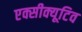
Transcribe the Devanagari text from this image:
एक्सीक्यूटिव